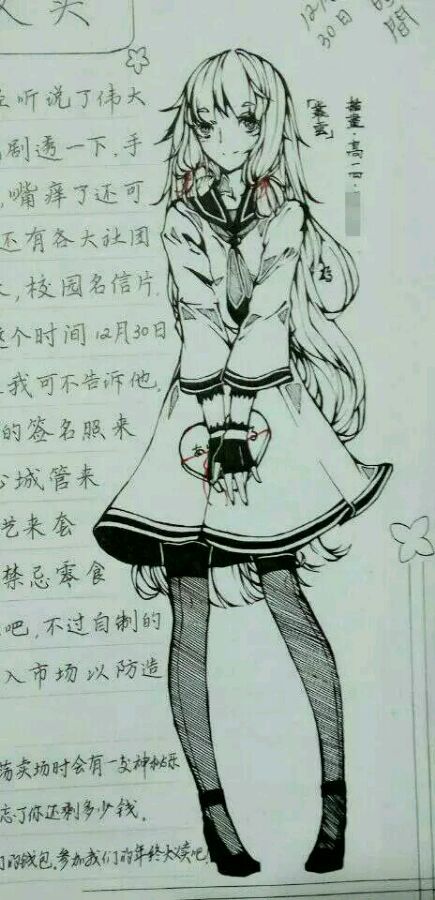
老去逢春如病酒，唯有，茶瓯香篆小帘栊。